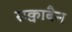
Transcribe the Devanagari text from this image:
सक्वाबैन